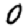
Digit: 0